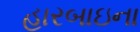
હારબાઇના